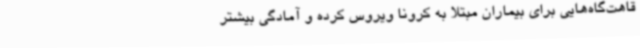
قاهت‌گاه‌هایی برای بیماران مبتلا به کرونا ویروس کرده و آمادگی بیشتر